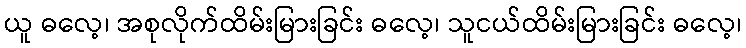
ယူ ဓလေ့၊ အစုလိုက်ထိမ်းမြားခြင်း ဓလေ့၊ သူငယ်ထိမ်းမြားခြင်း ဓလေ့၊